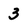
Character: 3